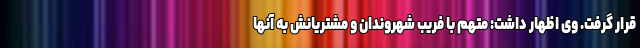
قرار گرفت. وی اظهار داشت: متهم با فریب شهروندان و مشتریانش به آنها